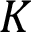
K